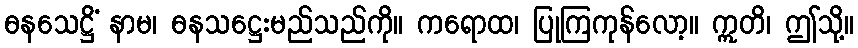
ဓနသေဋ္ဌိံ နာမ၊ ဓနသဋ္ဌေးမည်သည်ကို။ ကရောထ၊ ပြုကြကုန်လော့။ ဣတိ၊ ဤသို့။